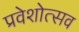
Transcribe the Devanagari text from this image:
प्रवेशोत्सव